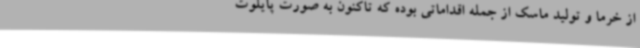
از خرما و تولید ماسک از جمله اقداماتی بوده که تاکنون به‌ صورت پایلوت